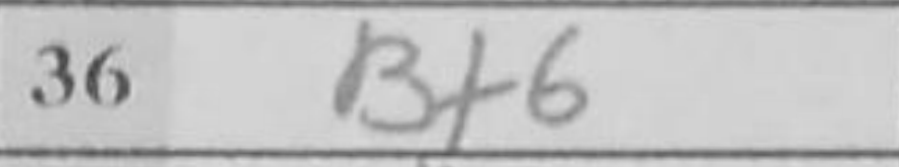
Transcription: Bf6